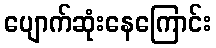
ပျောက်ဆုံးနေကြောင်း